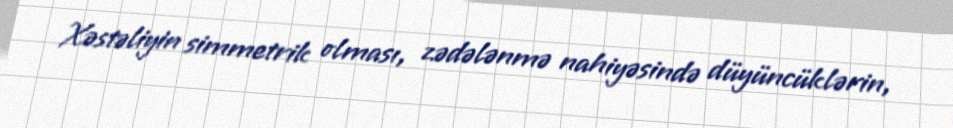
Xəstəliyin simmetrik olması, zədələnmə nahiyəsində düyüncüklərin,